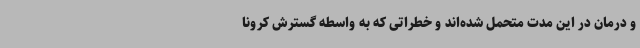
و درمان در این مدت متحمل شده‌اند و خطراتی که به واسطه گسترش کرونا